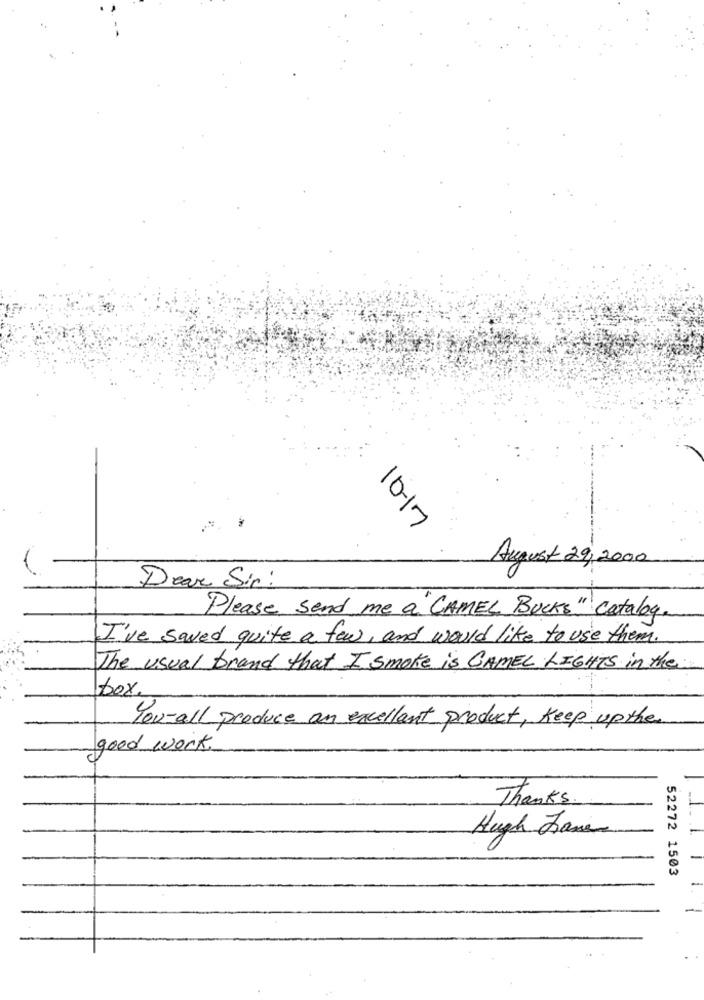
10-17
August 29, 2000
Dear Sir :
Please send me a "CAMEL Bucks" catalog.
I've saved quite a few, and would like to use them.
The usual brand that I smoke is CAMEL LIGHTS in the
Ibox
You-all produce an excellent product, Keep up the
good work.
Thanks.
Hugh Jana
52272 1503
1.
1